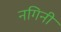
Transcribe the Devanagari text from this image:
नगिनी